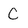
Character: C